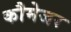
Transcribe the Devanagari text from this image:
कौमेजर